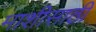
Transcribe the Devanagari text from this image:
माशीसाठी